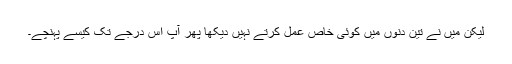
لیکن میں نے تین دنوں میں کوئی خاص عمل کرتے نہیں دیکھا پھر آپ اس درجے تک کیسے پہنچے۔